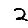
Digit: 2